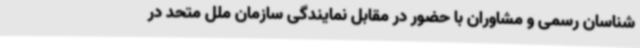
شناسان رسمی و مشاوران با حضور در مقابل نمایندگی سازمان ملل متحد در